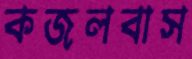
কজলবাস